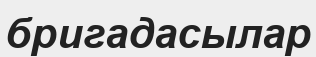
бригадасылар